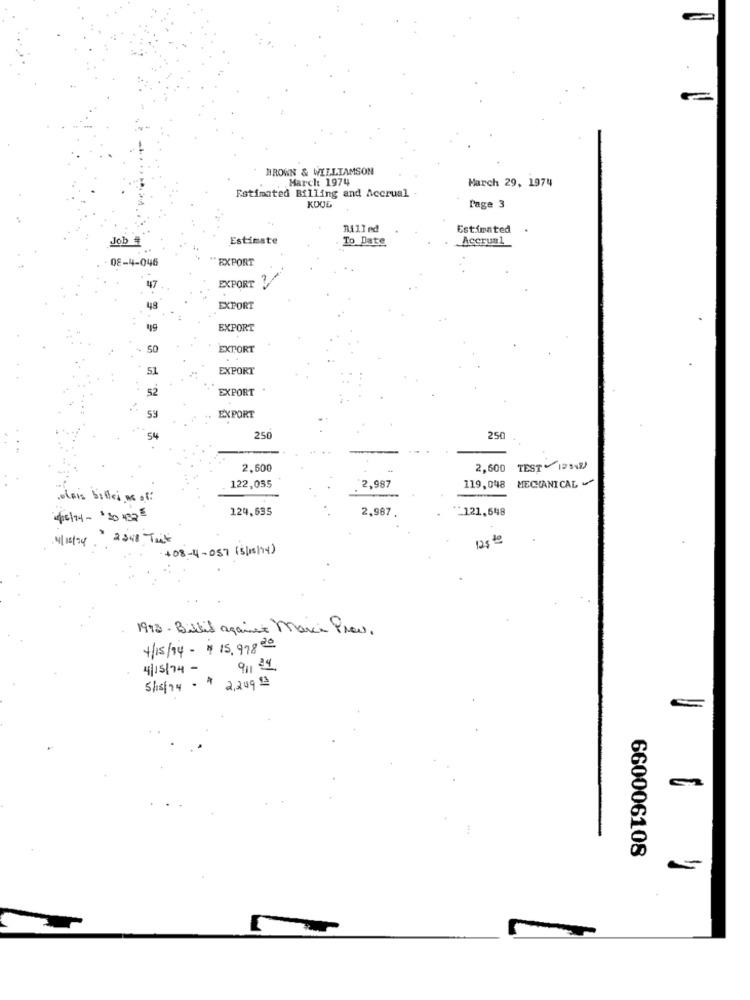
HROWN & WILLIAMSON
March 1974
March 29, 1974
Estimated Billing and Accrual
KOOL
Page 3
Billed
Estimated
Job
Estimate
To Date
Accrum1
08-4-046
"EXPORT
447
EXPORT
48
EXPORT
49
EXPORT
50
EXTORT
51
EXPORT
52
EXPORT
59
EXPORT
54
250
250
2,600
2,600
TEST
MECHANICAL
122,035
2,987
119,048
olais billei,me at:
124,635
2,987
*121,548
405/74- 130 4325
14/18/14
" 2548 Tait
125 de
+08-4-057 (5/15/14)
1998- Bitkil against Marca Prew.
4/15/94- 1 15, 978 20
4/15/74-
911 24
5/15/24 - $ 2,249 9
660006108